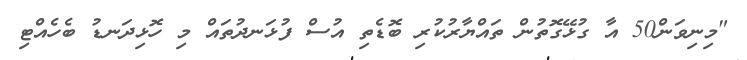
"މިނިވަން50 އާ ގުޅޭގޮތުން ތައްޔާރުކުރި ބޮޑެތި އުސް ފުޅަނދުތައް މި ހޮޅިދަނޑު ބެހެއްޓި